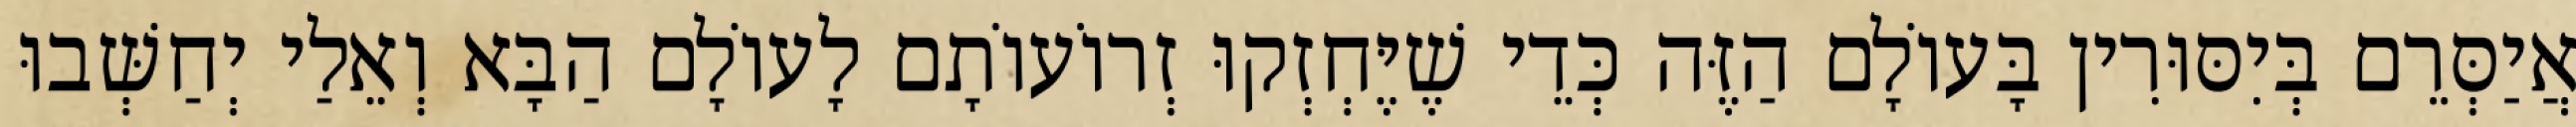
אֲיַסְּרֵם בְּיִסּוּרִין בָּעוֹלָם הַזֶּה כְּדֵי שֶׁיֶּחְזְקוּ זְרוֹעוֹתָם לָעוֹלָם הַבָּא וְאֵלַי יְחַשְּׁבוּ